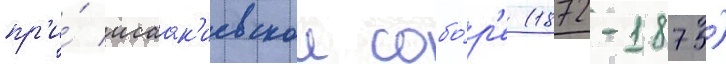
пр'и́ исаак'иевском собо́р'е (1872-1875)